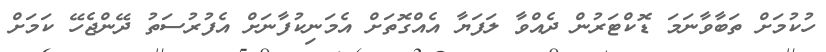
ހުކުމަށް ތަބާވާނަމަ ޑޮކްޓަރުން ދެއްވާ ލަފަޔާ އެއްގޮތަށް އެމަނިކުފާނަށް އެފުރުސަތު ދޭންޖެހޭ ކަމަށް